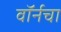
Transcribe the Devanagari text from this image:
वॉर्नचा